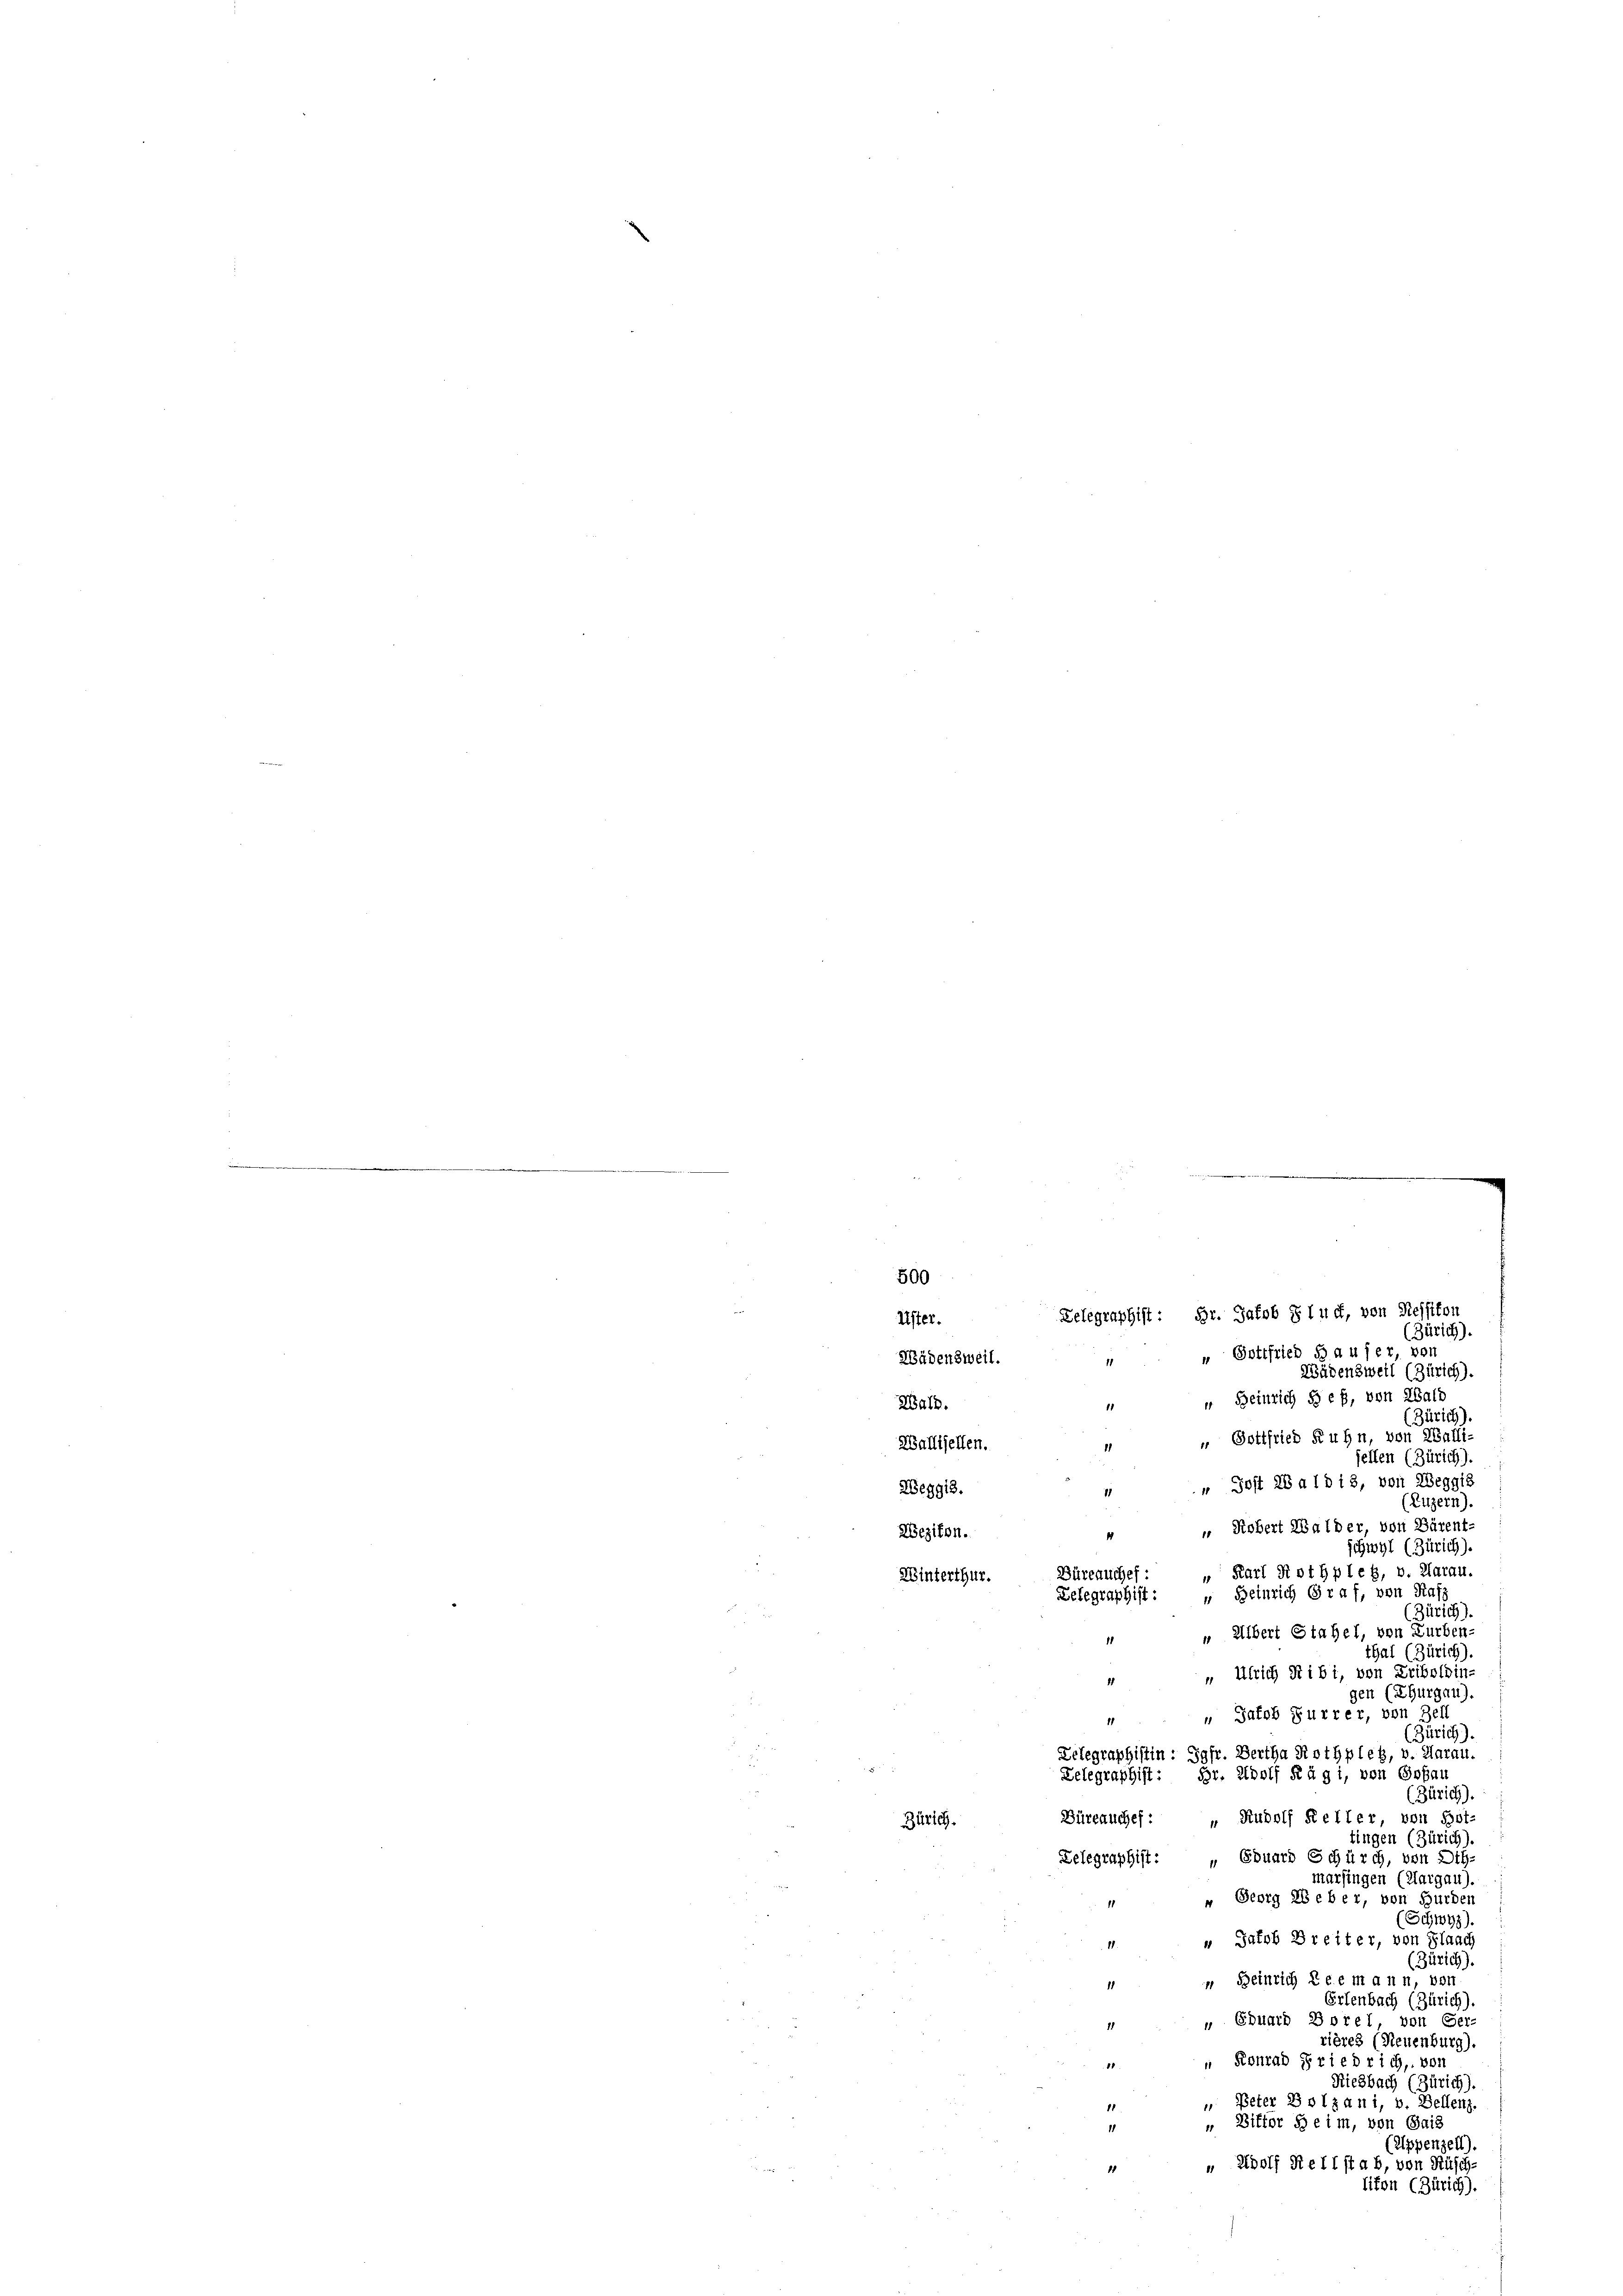
500
Uster.
(Zürich),
" Gottfried Hauser, von
Wädensweil.
11
Wädensweil (Zürich).
“ Heinrich § es, von Wald
Wald.
1
(Zürich)
" Gottfried Kuhn, von Walli-
Wallisellen.
jellen (Zürich),
" Jost 28 a 18 13, von Weggis
Zeggis.
(Luzern).
" Robert Walder, von Bärent-
Wezikon.
schwyl (Zürich).
 Karl Rothples, v. Klarau.
Büreauches:
Winterthur.
“ Beinrich Graf, von Kaf
Telegraphist:

Zürich).
" Albert Stahel, von Zurben-
thal (Zürich)
„ Ulrich Ribi, von Friboldin-
1
gen (Thurgau)
g
„Safob Furrer, von Zell
11
(Zürich).
Telegraphistin : Jgfr. Bertha Rothples, v. Aarau.
Br. Adolf Rügi, von Goßau
Telegraphist:
(Zürich)
Büreauches: „Rudolf Keller, von Bot-
Zürich.
tingen (Zürich).
Telegraphist: „Eduard Schürch, von Oth-
marsingen (Margau).
" " Georg Weber, von Hurden
Schwyz)
u Patob Breiter, von Flaach
1
(Zürich).
“ Beinrich Leemann, von
1
Erlenbach (Zürich).
 Eduard Borel, von Ger-
11
rières (Neuenburg).
 " Konrad Friedrich, von
Riesbach (Zürich).
" Peter Bolzani, v. Bellenz.
" Bitter Heim, von Gais
1
(Appenzell).
 Adolf Rellstab, von Rüsch¬
1
liton (Zürich).

Telegraphist: Hr. Jakob Stuck, von Ressikon